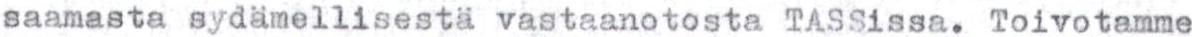
saamasta sydämellisestä vastaanotosta TASSissa. Toivotamme